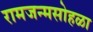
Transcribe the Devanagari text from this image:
रामजन्मसोहळा